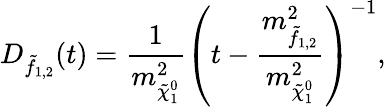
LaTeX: D_{\tilde{f}_{1,2}}(t)=\frac{1}{m_{\tilde{\chi}_{1}^{0}}^{2}}\left(t-\frac{m_{\tilde{f}_{1,2}}^{2}}{m_{\tilde{\chi}_{1}^{0}}^{2}}\right)^{-1},